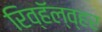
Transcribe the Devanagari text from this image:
रिव्हॅल्व्हर